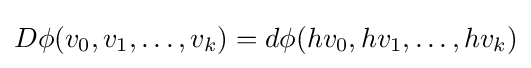
D\phi (v_{0},v_{1},\dots ,v_{k})=d\phi (hv_{0},hv_{1},\dots ,hv_{k})